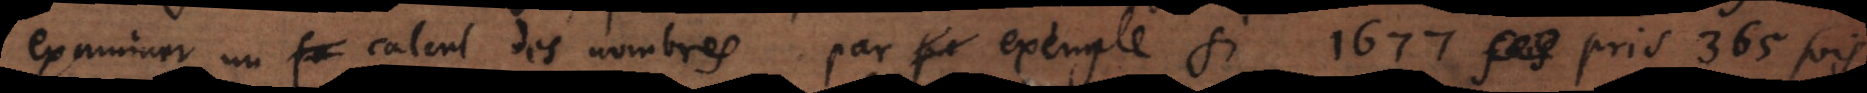
examiner un fa calcul des nombres par exemple si 1677 pris 365 fois